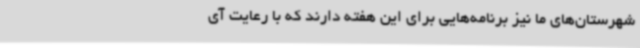
شهرستان‌های ما نیز برنامه‌هایی برای این هفته دارند که با رعایت آی